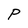
Character: P